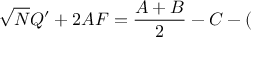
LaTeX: \sqrt { N } { \cal Q } ^ { \prime } + 2 { \cal A F } = \frac { { \cal A } + { \cal B } } { 2 } - { \cal C } - (